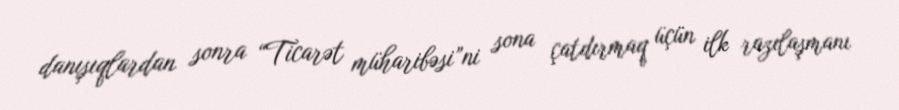
danışıqlardan sonra “Ticarət müharibəsi”ni sona çatdırmaq üçün ilk razılaşmanı